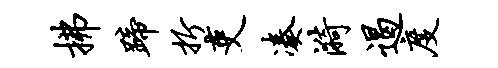
拂蹄折吏凑漪遏度